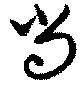
尚